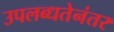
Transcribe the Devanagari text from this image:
उपलब्धतेनंतर